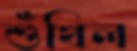
শুঁখিল